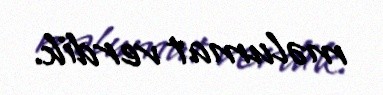
məlumat verdik.